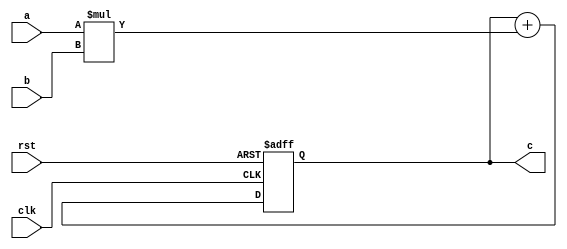
module pe(
    input wire clk,
    input wire rst,
    input wire [31:0] a,
    input wire [31:0] b,
    output reg [31:0] c
);

// Multiplication and accumulation
always @(posedge clk or posedge rst) begin
    if (rst) begin
        // Synchronous reset: set the accumulator to zero
        c <= 32'd0;
    end else begin
        // Multiply and accumulate
        c <= c + (a * b);
    end
end

endmodule